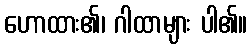
ဟောထား၏၊ ဂါထာများ ပါ၏။